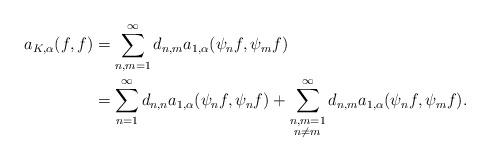
LaTeX: \begin{align*}a_{K,\alpha}(f,f) & =\sum_{n,m=1}^{\infty}d_{n,m}a_{1,\alpha}(\psi_{n}f,\psi_{m}f)\\& =\sum_{n=1}^{\infty}d_{n,n}a_{1,\alpha}(\psi_{n}f,\psi_{n}f)+\sum_{\substack{n,m=1\\n\neq m}}^{\infty}d_{n,m}a_{1,\alpha}(\psi_{n}f,\psi_{m}f).\end{align*}